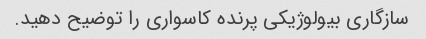
سازگاری بیولوژیکی پرنده کاسواری را توضیح دهید.